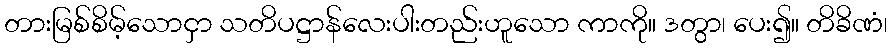
တားမြစ်စိမ့်သောငှာ သတိပဋ္ဌာန်လေးပါးတည်းဟူသော ကာကို။ ဒတွာ၊ ပေး၍။ တိခိဏံ၊